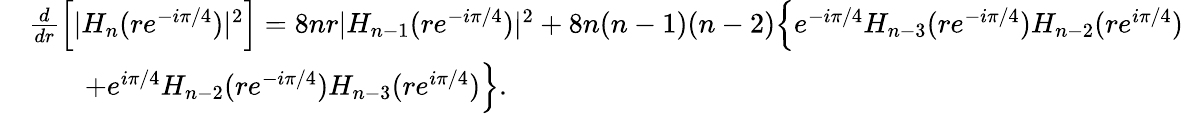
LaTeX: \begin{array}{rl}&{\frac d{dr}\Big[|H_{n}(re^{-i\pi/4})|^{2}\Big]=8nr|H_{n-1}(re^{-i\pi/4})|^{2}+8n(n-1)(n-2)\Big\{ e^{-i\pi/4}H_{n-3}(re^{-i\pi/4})H_{n-2}(re^{i\pi/4})}\\ &{\qquad+e^{i\pi/4}H_{n-2}(re^{-i\pi/4})H_{n-3}(re^{i\pi/4})\Big\} .}\end{array}